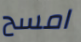
امسح